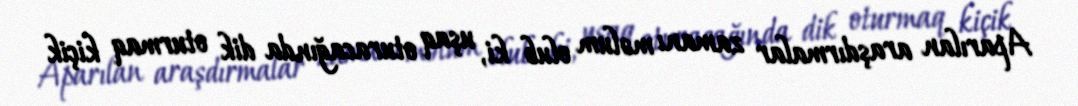
Aparılan araşdırmalar zamanı məlum olub ki, uşaq oturacağında dik oturmaq kiçik